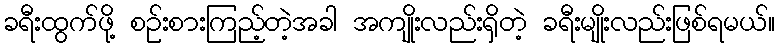
ခရီးထွက်ဖို့ စဉ်းစားကြည့်တဲ့အခါ အကျိုးလည်းရှိတဲ့ ခရီးမျိုးလည်းဖြစ်ရမယ်။